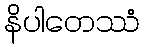
နိပါတေဿံ